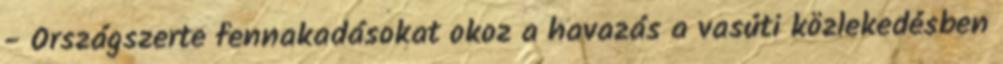
- Országszerte fennakadásokat okoz a havazás a vasúti közlekedésben